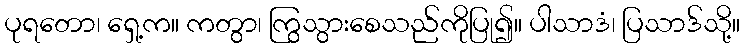
ပုရတော၊ ရှေ့က။ ကတွာ၊ ကြွသွားစေသည်ကိုပြု၍။ ပါသာဒံ၊ ပြသာဒ်သို့။